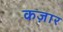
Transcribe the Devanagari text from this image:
कज़ार